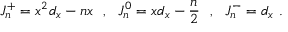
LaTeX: J _ { n } ^ { + } = x ^ { 2 } d _ { x } - n x \ \ , \ \ J _ { n } ^ { 0 } = x d _ { x } - { \frac { n } { 2 } } \ \ , \ \ J _ { n } ^ { - } = d _ { x } \ .